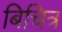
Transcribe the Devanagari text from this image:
बिचित्र